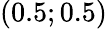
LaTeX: (0.5;0.5)